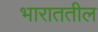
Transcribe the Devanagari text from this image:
भाराततील